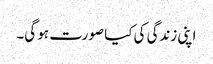
اپنی زندگی کی کیا صورت ہو گی۔